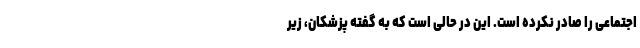
اجتماعی را صادر نکرده است. این در حالی است که به گفته پزشکان، زیر